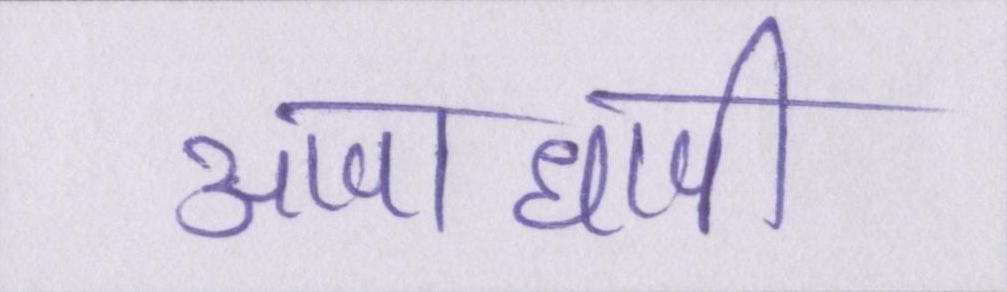
आपाधापी